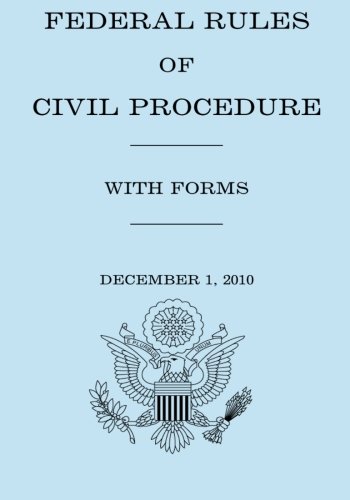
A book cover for Federal Rule of Civil Procedure With Forms; United States Government; Law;